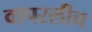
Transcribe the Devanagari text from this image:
वापरलीच